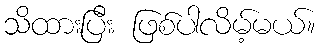
သိထားပြီး ဖြစ်ပါလိမ့်မယ်။